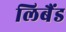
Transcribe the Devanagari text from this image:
लिबैंड